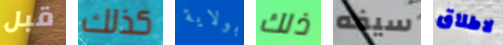
قبل كذلك بولاية ذلك سيفه لاطلاق